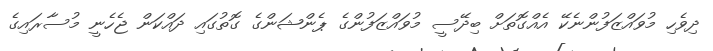
ދިވެހި މުވައްޒަފުންނެކޭ އެއްގޮތަށް ބިދޭސީ މުވައްޒަފުންގެ ޕެންޝަންގެ ގޮތުގައި ދައްކަން ޖެހެނީ މުސާރައިގެ